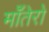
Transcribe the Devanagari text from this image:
माँतेरो